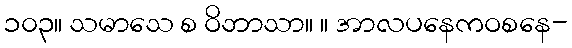
၁၀၃။ သမာသေ စ ဝိဘာသာ။ ။ အာလပနေကဝစနေ-